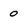
Character: 0